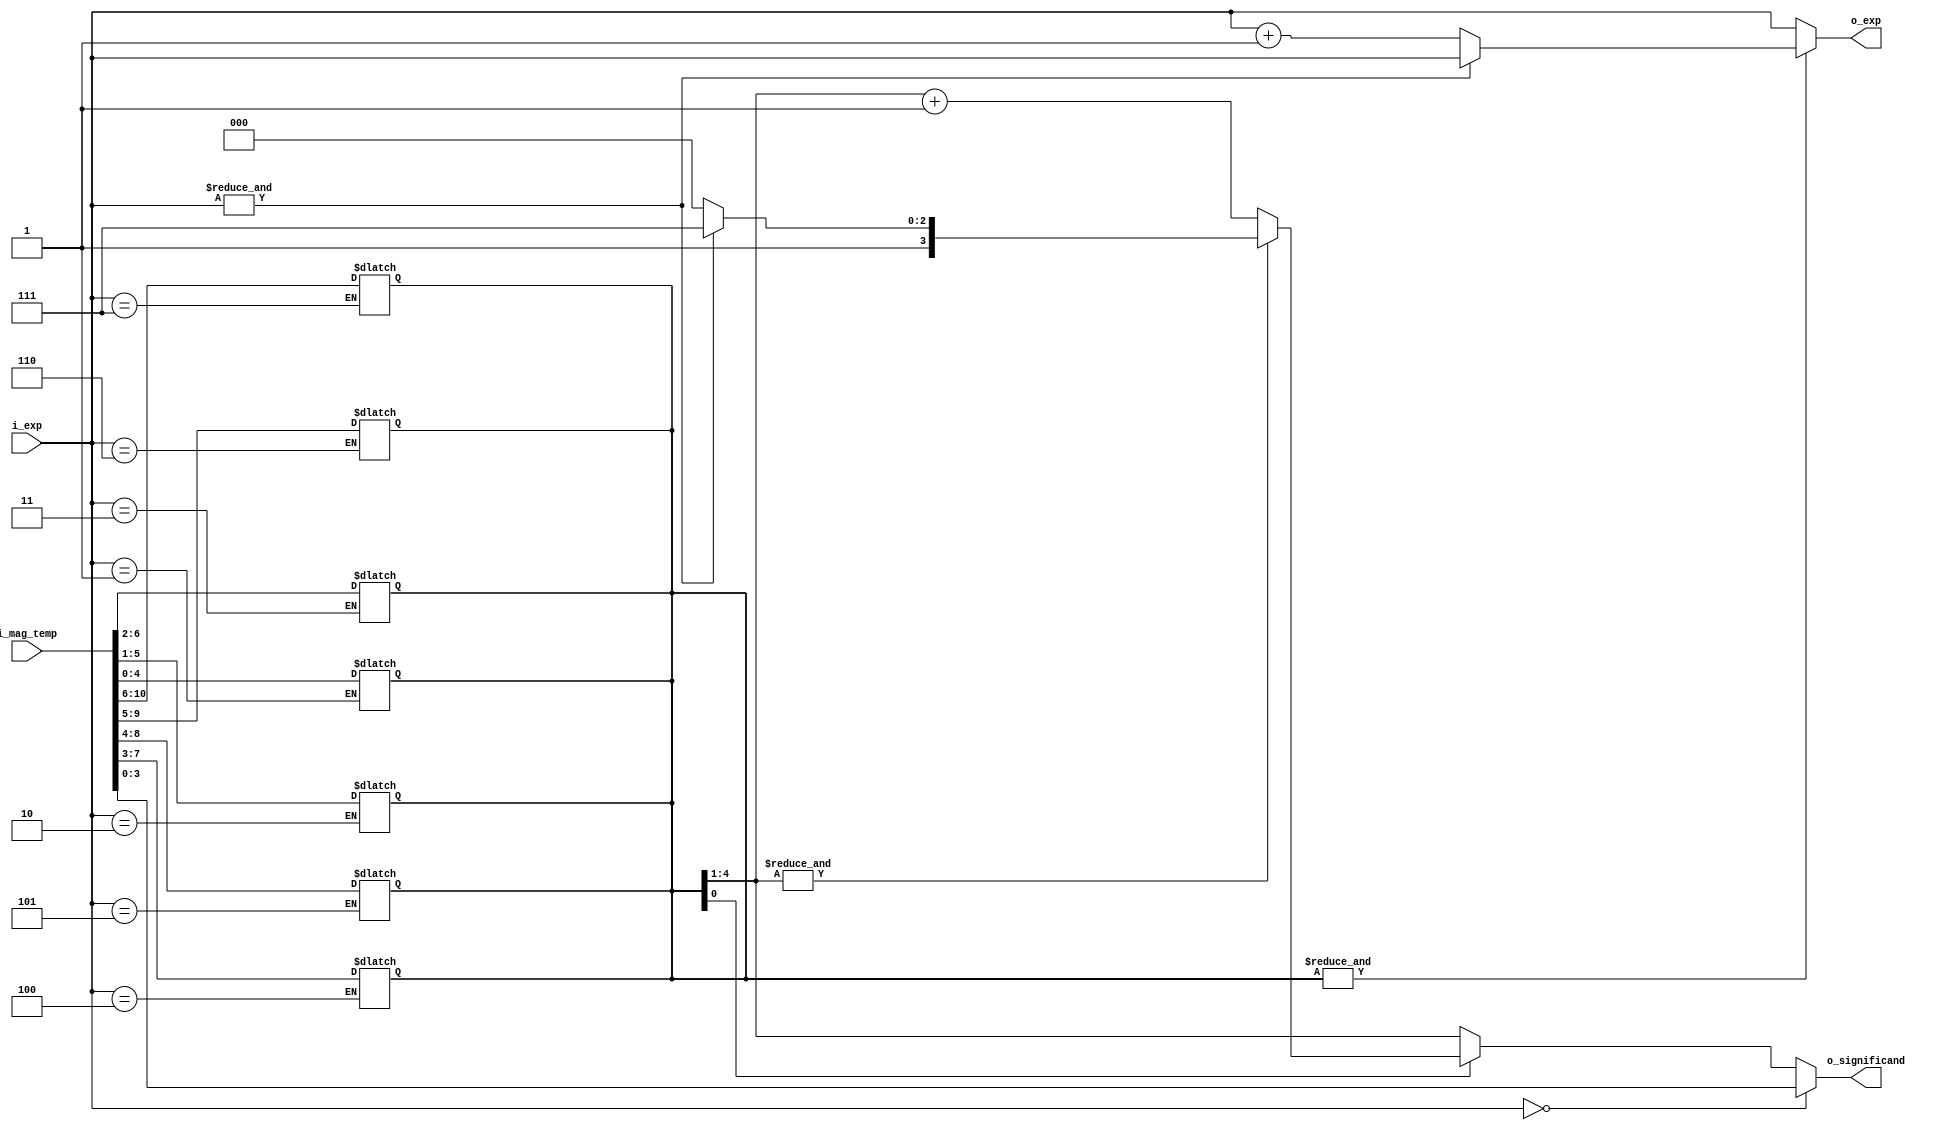
module rounder(i_mag_temp, i_exp, o_significand, o_exp);

    input wire [10:0] i_mag_temp;
    input wire [2:0]  i_exp;
    output reg [3:0] o_significand;
    output reg [2:0] o_exp;

    reg [4:0] temp;

    genvar i;
    generate
        for (i = 1; i <= 7; i = i + 1) begin
            always @(*) begin
                if (i_exp == i)
                    temp <= i_mag_temp[(3+i):i - 1];
            end
        end
    endgenerate

    // If round, then if all 1s => 1000, else add 1
    // Else just keep upper 4 bits
    always @(*) begin
        // If exp = 0
        if (!i_exp) begin
            o_significand <= i_mag_temp[3:0];
        end
        else begin
            // If 5th bit => round
            if (temp[0]) begin
                // If sig is all 1s
                if (&temp[4:1]) begin
                    // If exp already maxed
                    if (&i_exp) begin
                        o_significand <= 'b1111;
                    end
                    // Still have space in exp
                    else begin
                        o_significand <= 'b1000;
                    end
                end
                // Do normal rounding
                else begin
                    o_significand <= temp[4:1] + 1;
                end
            end
            // No round => keep upper 4 bits
            else begin
                o_significand <= temp[4:1];
            end
        end
    end
    always @(*) begin
        // If upper bits are all 1
        if (&temp) begin
            // If exp bits all 1
            if (&i_exp) begin
                o_exp <= i_exp;
            end
            // We can increase exp without overflow
            else begin
                o_exp <= i_exp + 1;
            end
        end
        // Handle normal
        else begin
            o_exp <= i_exp;
        end
    end

endmodule